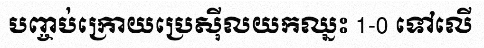
បញ្ចប់ក្រោយប្រេស៊ីលយកឈ្នះ 1-0 ទៅលើ